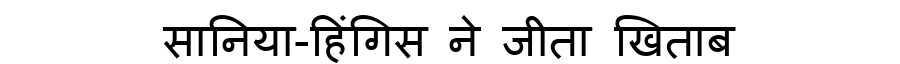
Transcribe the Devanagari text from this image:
सानिया-हिंगिस ने जीता खिताब